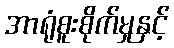
အာရုံစူးစိုက်မှုနှင့်